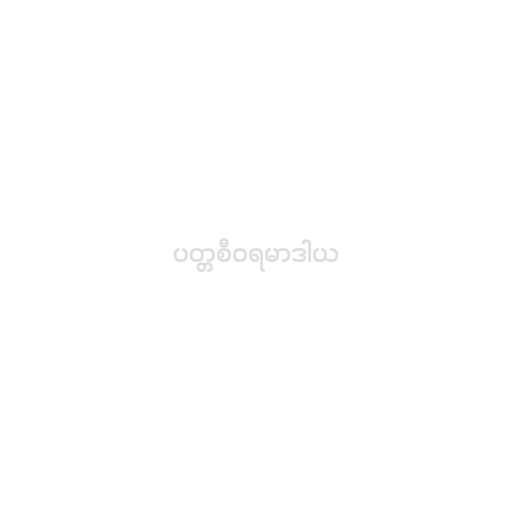
ပတ္တစီဝရမာဒါယ